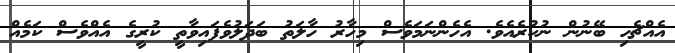
އެއްޗެހި ބޭނުން ނުކުރެއެވެ. އެހެންނަމަވެސް މިހާރު ހާލަތު ބަދަލުވެފައިވާތީ ކުރީގެ އެއްވެސް ކަމެއް